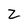
Character: z